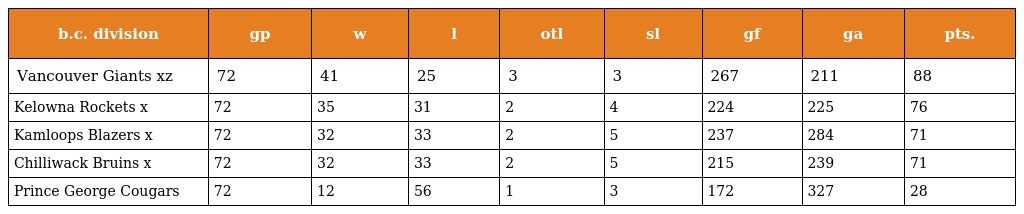
| b.c. division | gp | w | l | otl | sl | gf | ga | pts. |
 | --- | --- | --- | --- | --- | --- | --- | --- | --- |
 | Vancouver Giants xz | 72 | 41 | 25 | 3 | 3 | 267 | 211 | 88 |
 | Kelowna Rockets x | 72 | 35 | 31 | 2 | 4 | 224 | 225 | 76 |
 | Kamloops Blazers x | 72 | 32 | 33 | 2 | 5 | 237 | 284 | 71 |
 | Chilliwack Bruins x | 72 | 32 | 33 | 2 | 5 | 215 | 239 | 71 |
 | Prince George Cougars | 72 | 12 | 56 | 1 | 3 | 172 | 327 | 28 |